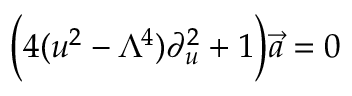
\Big ( 4 ( u ^ { 2 } - \Lambda ^ { 4 } ) \partial _ { u } ^ { 2 } + 1 \Big ) \vec { a } = 0